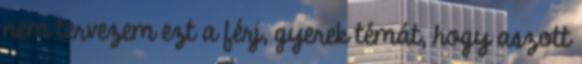
nem tervezem ezt a férj, gyerek témát, hogy aszott